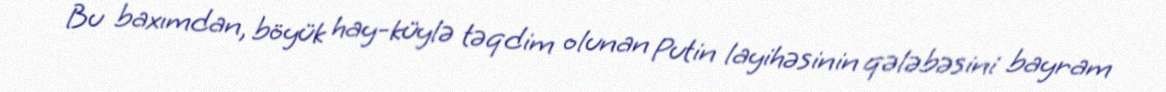
Bu baxımdan, böyük hay-küylə təqdim olunan Putin layihəsinin qələbəsini bayram